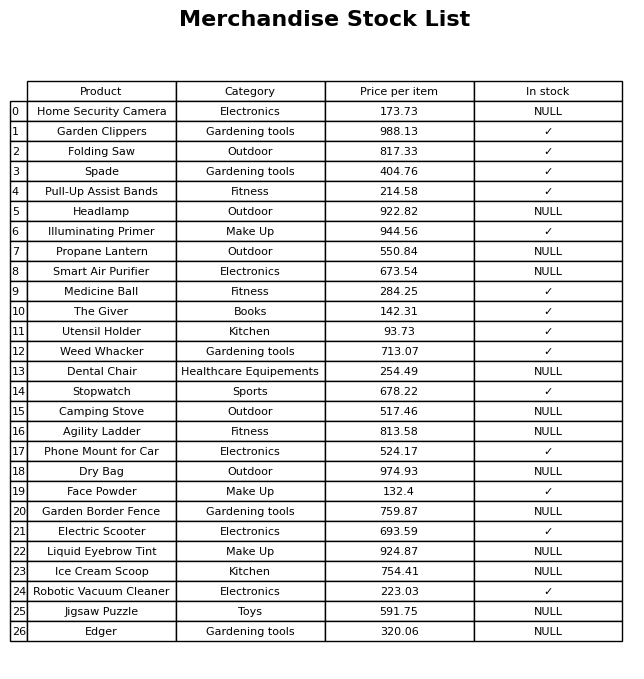
question: What is the price of the Pull-Up Assist Bands?
answer: The price of Pull-Up Assist Bands is 214.58.